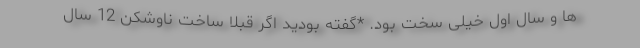
ها و سال اول خیلی سخت بود. *گفته بودید اگر قبلاً ساخت ناوشکن 12 سال